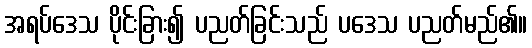
အရပ်ဒေသ ပိုင်းခြား၍ ပညတ်ခြင်းသည် ပဒေသ ပညတ်မည်၏။